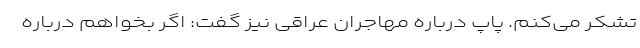
تشکر می‌کنم. پاپ درباره مهاجران عراقی نیز گفت: اگر بخواهم درباره